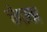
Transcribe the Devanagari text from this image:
चैगाछा